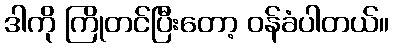
ဒါကို ကြိုတင်ပြီးတော့ ဝန်ခံပါတယ်။